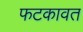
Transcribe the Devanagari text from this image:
फटकावत